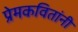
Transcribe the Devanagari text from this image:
प्रेमकवितांनी